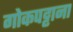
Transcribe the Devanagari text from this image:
गोकपट्टाना